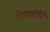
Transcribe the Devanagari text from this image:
वेणाबाईचे